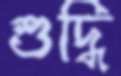
শুদ্ধি